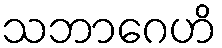
သဘာဂေဟိ